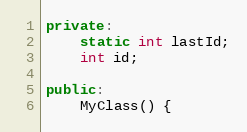
Language: C++
private:
    static int lastId;
    int id;

public:
    MyClass() {